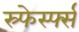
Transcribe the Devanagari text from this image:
स्र्फेर्स्फ्स